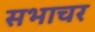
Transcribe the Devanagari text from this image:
सभाचर